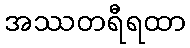
အဿတရီရထာ